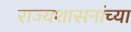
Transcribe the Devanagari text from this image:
राज्यशासनांच्या